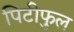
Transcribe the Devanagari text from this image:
पिटीफुल